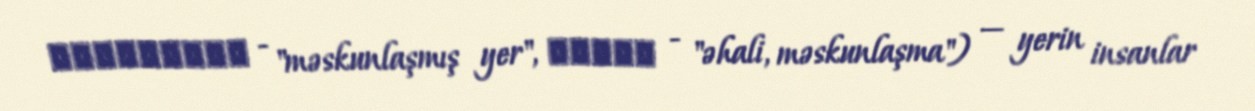
οἰκουμένη - "məskunlaşmış yer", οἰκέω - "əhali, məskunlaşma") — yerin insanlar